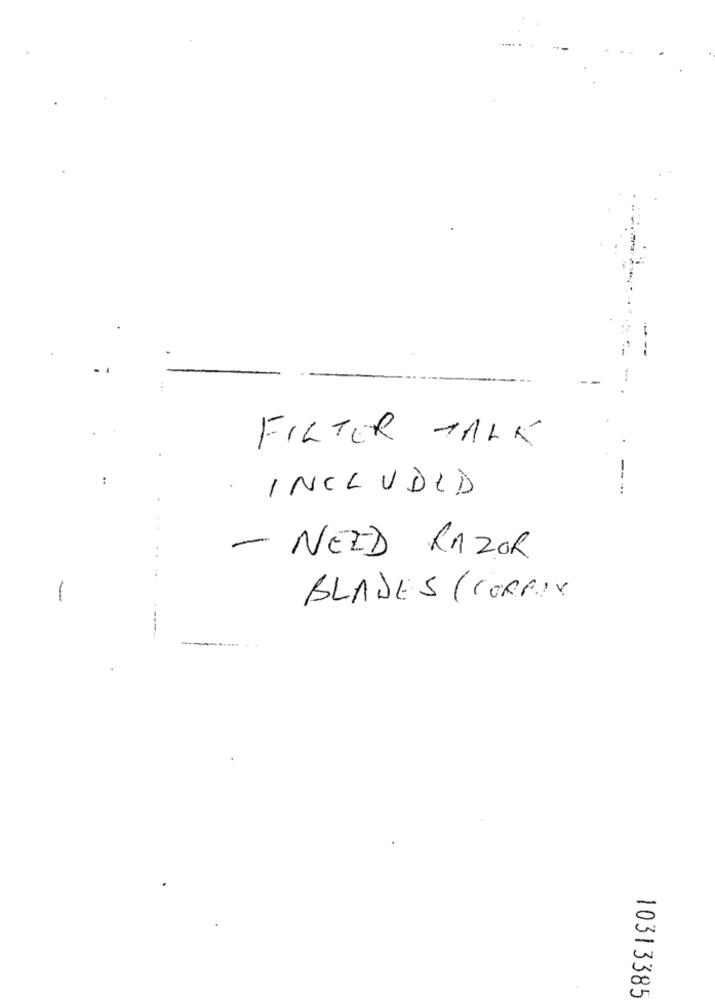
FILTER TALK
:
INCLUDED
---.
. .
- NEED RAZOR
-
BLADES (CORRIX
10313385